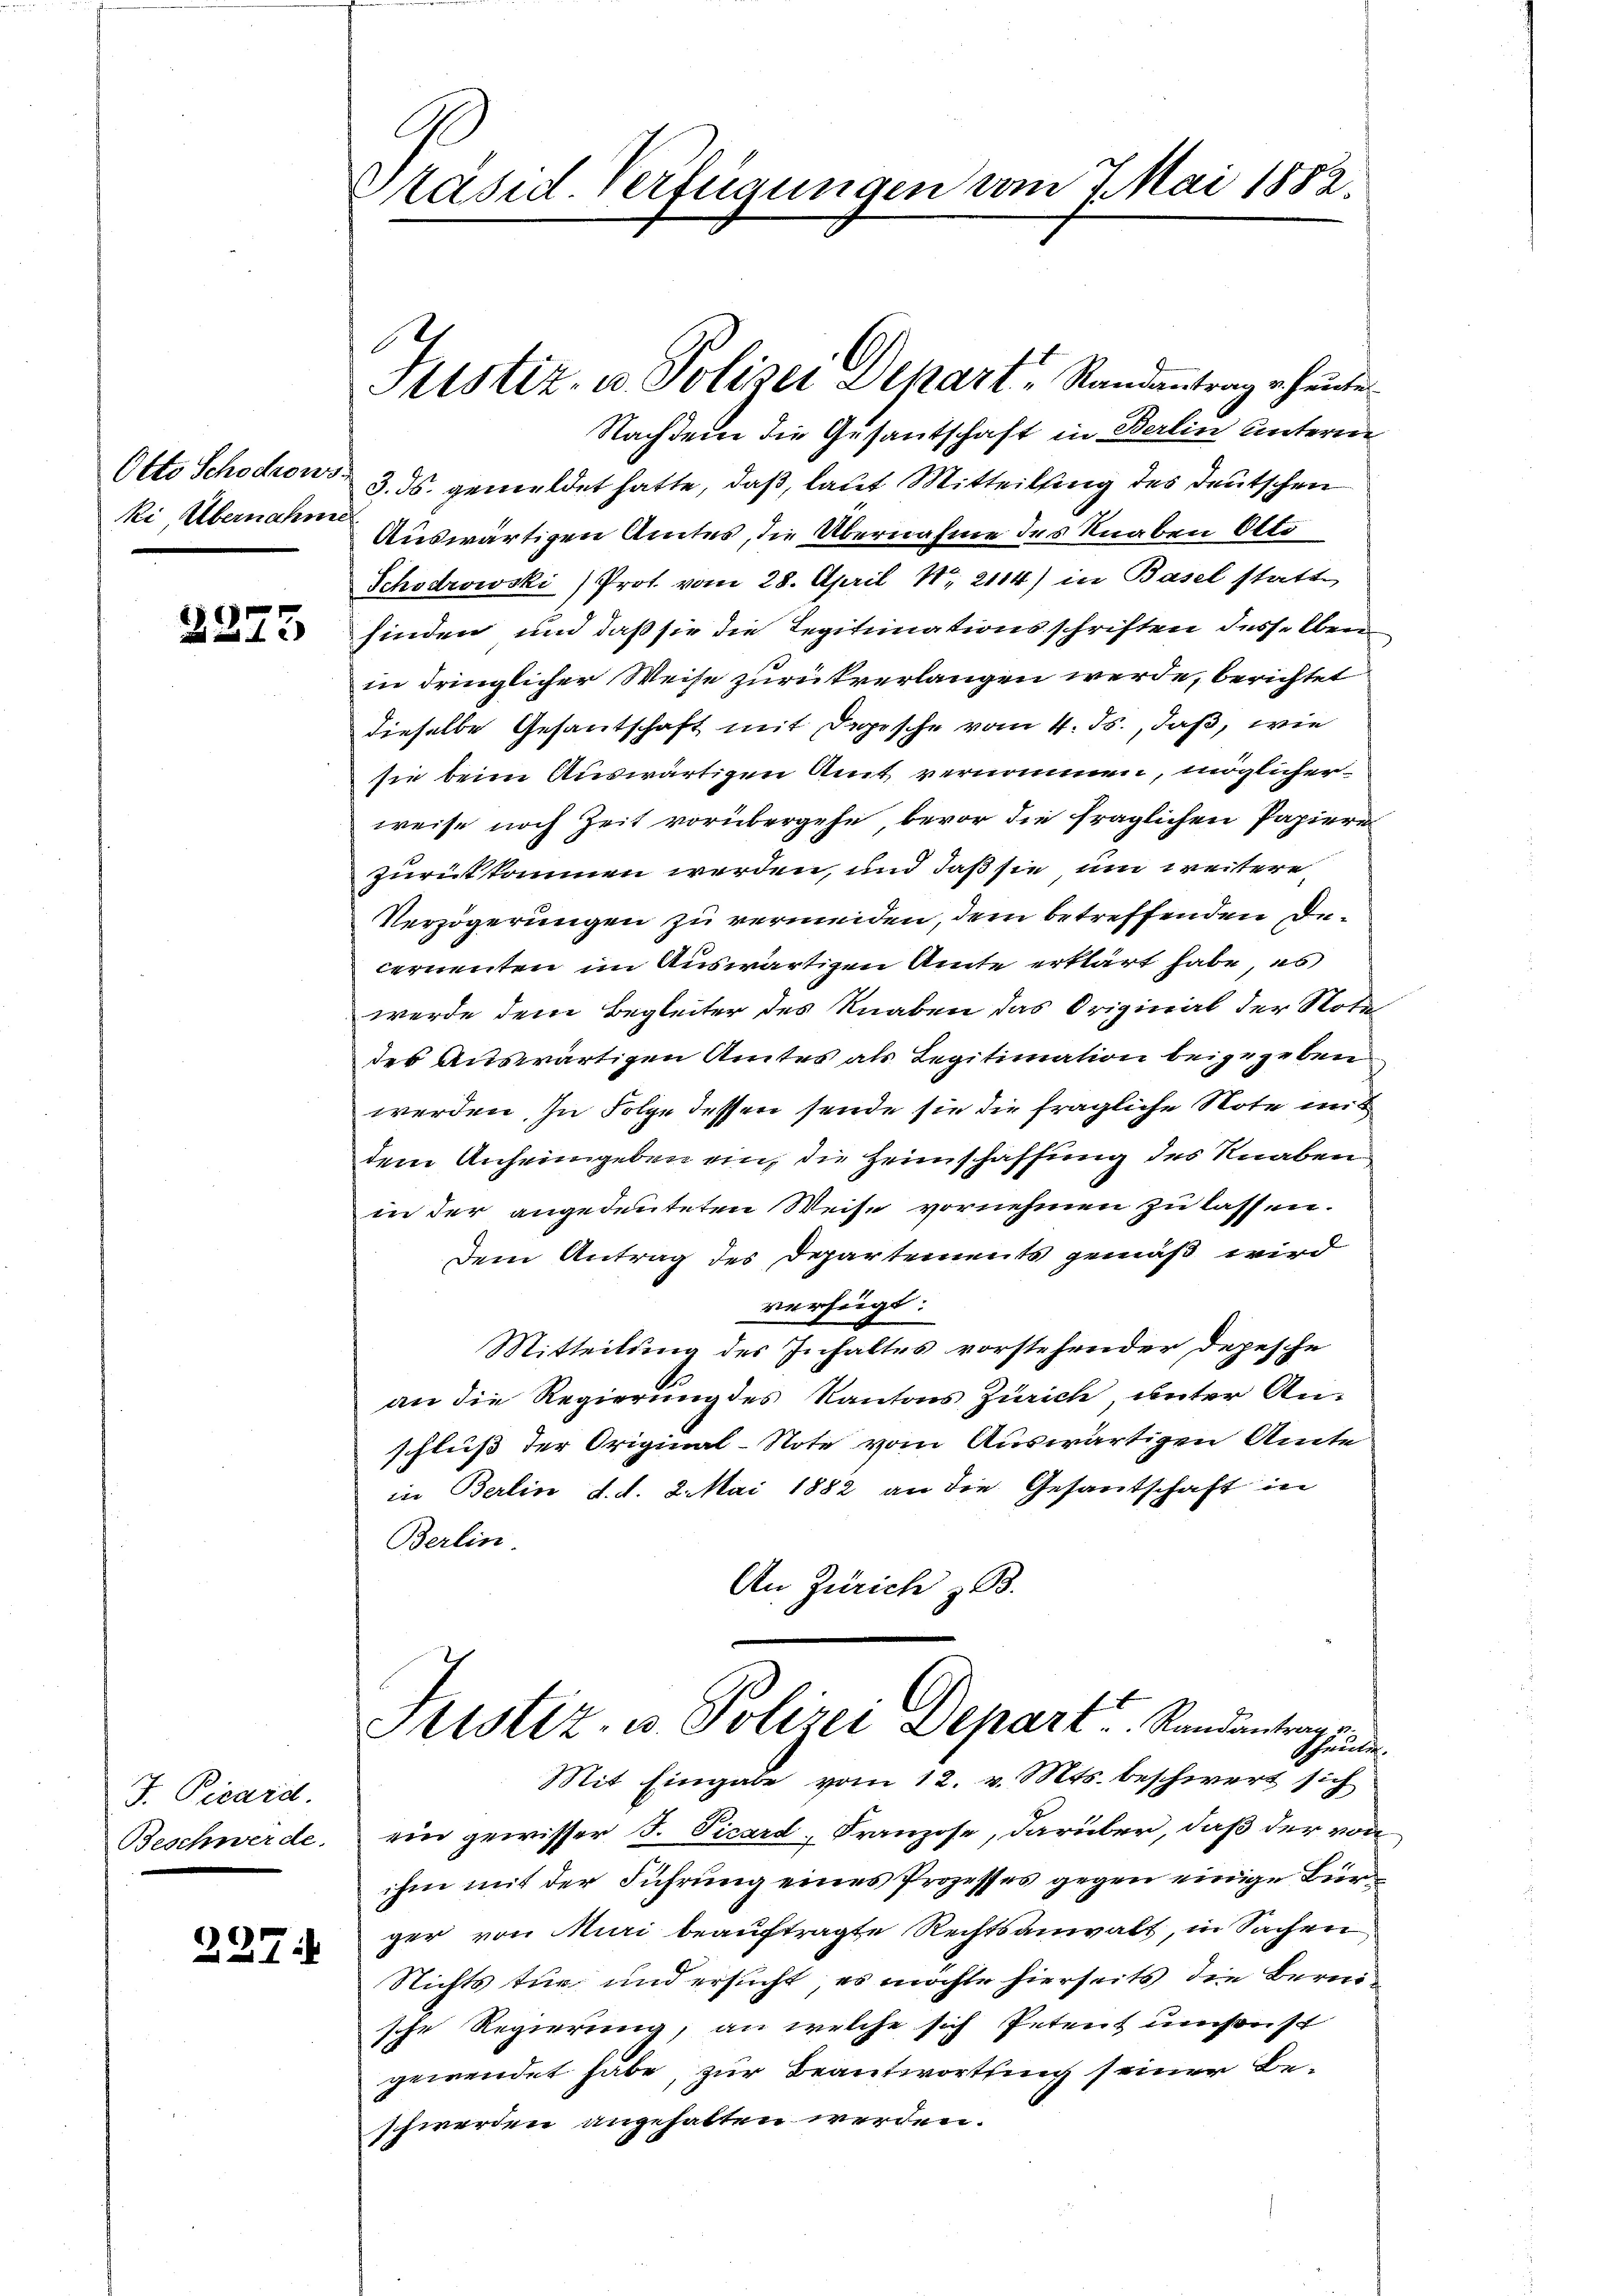
Otto Schödrows
ki Übernahme

2275

J. Picard.
Beschwerde.

227.

Präsid. Verfügungen vom 7. Mai 1882.

Nachdem die Gesantschaft in Berlin unterm
3. ds. gemeldet hatte, daß, laut Mitteilung des Deutschen
Auswärtigen Amtes, die Übernahme des Knaben Otto
Schödrowski Prot. vom 28. April Nr. 2114) in Basel statt
finden und daß sie die Legitimationsschriften desselben
in dringlicher Weise zurückverlangen werde, berichtet
dieselbe Gesantschaft mit Depesche vom 4. ds., daß, wie
sie beim Auswärtigen Amt vernommen, möglicher
weise noch Zeit vorübergehe, bevor die fraglichen Papiere
zurückkommen werden, und daß sie um weitere
Verzögerungen zu vermeiden, dem betreffenden Decernenten im Auswärtigen Amte erklärt habe, es
werde dem Begleiter des Knaben das Original der Nota-
des Auswärtigen Amtes als Legitimation beigegeben
werden. In Folge dessen sende sie die fragliche Note mit
dem Anheimgeben ein, die Heimschaffung des Knaben
in der angedeuteten Weise vornehmen zu lassen.
Dem Antrag des Departements gemäß wird
verfügt:
Mitteilung des Inhaltes vorstehender Depesche
an die Regierung des Kantons Zürich, unter Anschluß der Original-Note vom Auswärtigen Amte
in Berlin d. d. 8. Mai 1882 an die Gesantschaft in
Berlin.
An Zürich z. B.
Sistiz- u. Polizei Depart u. Randantrag
schweilig
Mit Eingabe vom 12. v. Mts. beschwert sich
ein gewisser J. Vicard, Franzose, darüber, daß der von
ihm mit der Führung eines Prozesses gegen einige Bürger von Muri beauftragte Rechtsanwalt, in Sachen
Nichts tue und ersucht, es möchte hierseits die Bernische Regierung, an welche sich Petent umsonst
gewendet habe, zur Beantwortung seiner Beschwerden angehalten werden.

6
Justiz- u. Polizei Depart, Randantrag heute.